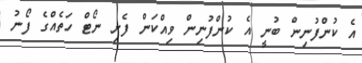
އެ ކުންފުނިން ބުނީ އެ ކުންފުނިން ވިއްކަން ފެށި ނޯޓް ހަތެއްގެ ފޯނު